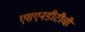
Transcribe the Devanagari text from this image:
एसएनडीटीची